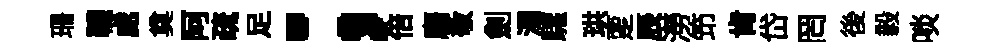
珊韈處奠阿疏足；倍麕敬劍濁驩珙覂辰澇笻肯岱罔後毅啖